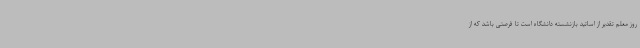
روز معلم تقدیر از اساتید بازنشسته دانشگاه است تا فرصتی باشد که از